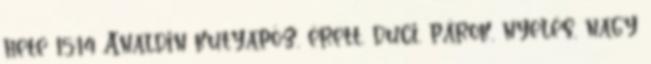
hete 15:14 Analdin kutyapóz, érett, duci, párok, nyelés, nagy